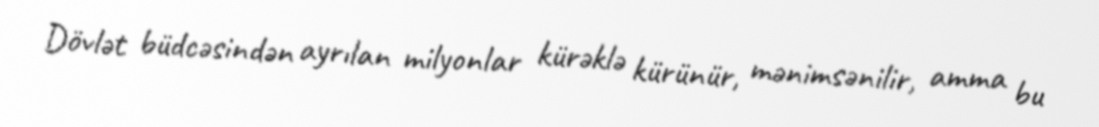
Dövlət büdcəsindən ayrılan milyonlar kürəklə kürünür, mənimsənilir, amma bu